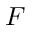
\boldsymbol { F }